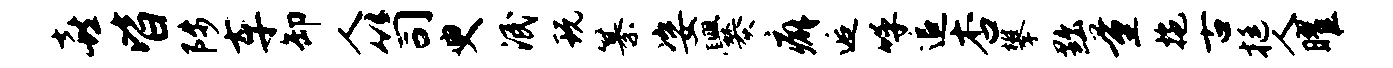
喜皆陟车卸人笥臾泯玩纂姿爨癖逅呼追杏攀黜量拖古挺人曜